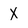
Character: X